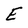
Character: E